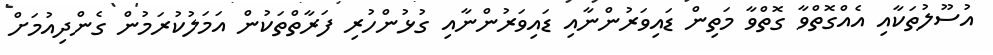
އުސޫލުތަކާއި އެއްގޮތްވާ ގޮތްވާ މަތިން ޑައިވަރުންނާއި ޑައިވަރުންނާއި ގުޅުންހުރި ފަރާތްތަކުން އަމަލުކުރަމުން ގެންދިއުމަށް